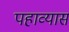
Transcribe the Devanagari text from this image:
पहाव्यास